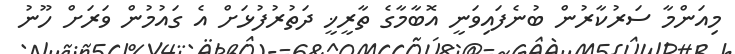
މިއަންމާ ސަރުކާރުން ބުނެފައިވަނީ އޮބާމާގެ ތާރީޚީ ދަތުރުފުޅަށް އެ ގައުމުން ވަރަށް ހޫނު